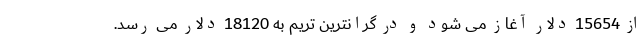
از 15654 دلار آغاز می شود و در گرانترین تریم به 18120 دلار می رسد.